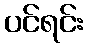
ပင်ရင်း